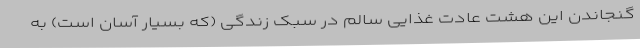
گنجاندن این هشت عادت غذایی سالم در سبک زندگی (که بسیار آسان است) به